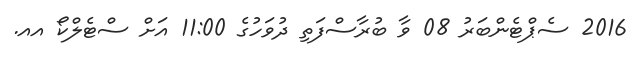
2016 ސެޕްޓެންބަރު 08 ވާ ބުރާސްފަތި ދުވަހުގެ 11:00 އަށް ސްޓެލްކޯ އއ.